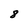
Character: 8